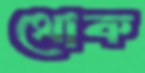
থোক